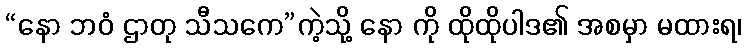
“နော ဘဝံ ဌာတု သီသကေ”ကဲ့သို့ နော ကို ထိုထိုပါဒ၏ အစမှာ မထားရ၊